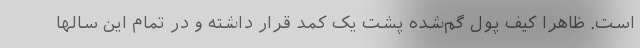
است. ظاهرا کیف پول گم‌شده پشت یک کمد قرار داشته و در تمام این سالها